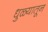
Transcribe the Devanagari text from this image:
धुळ्यातून